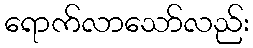
ရောက်လာသော်လည်း